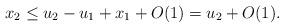
LaTeX: \begin{align*}x_2 \le u_2 - u_1 + x_1 + O(1) = u_2 + O(1).\end{align*}